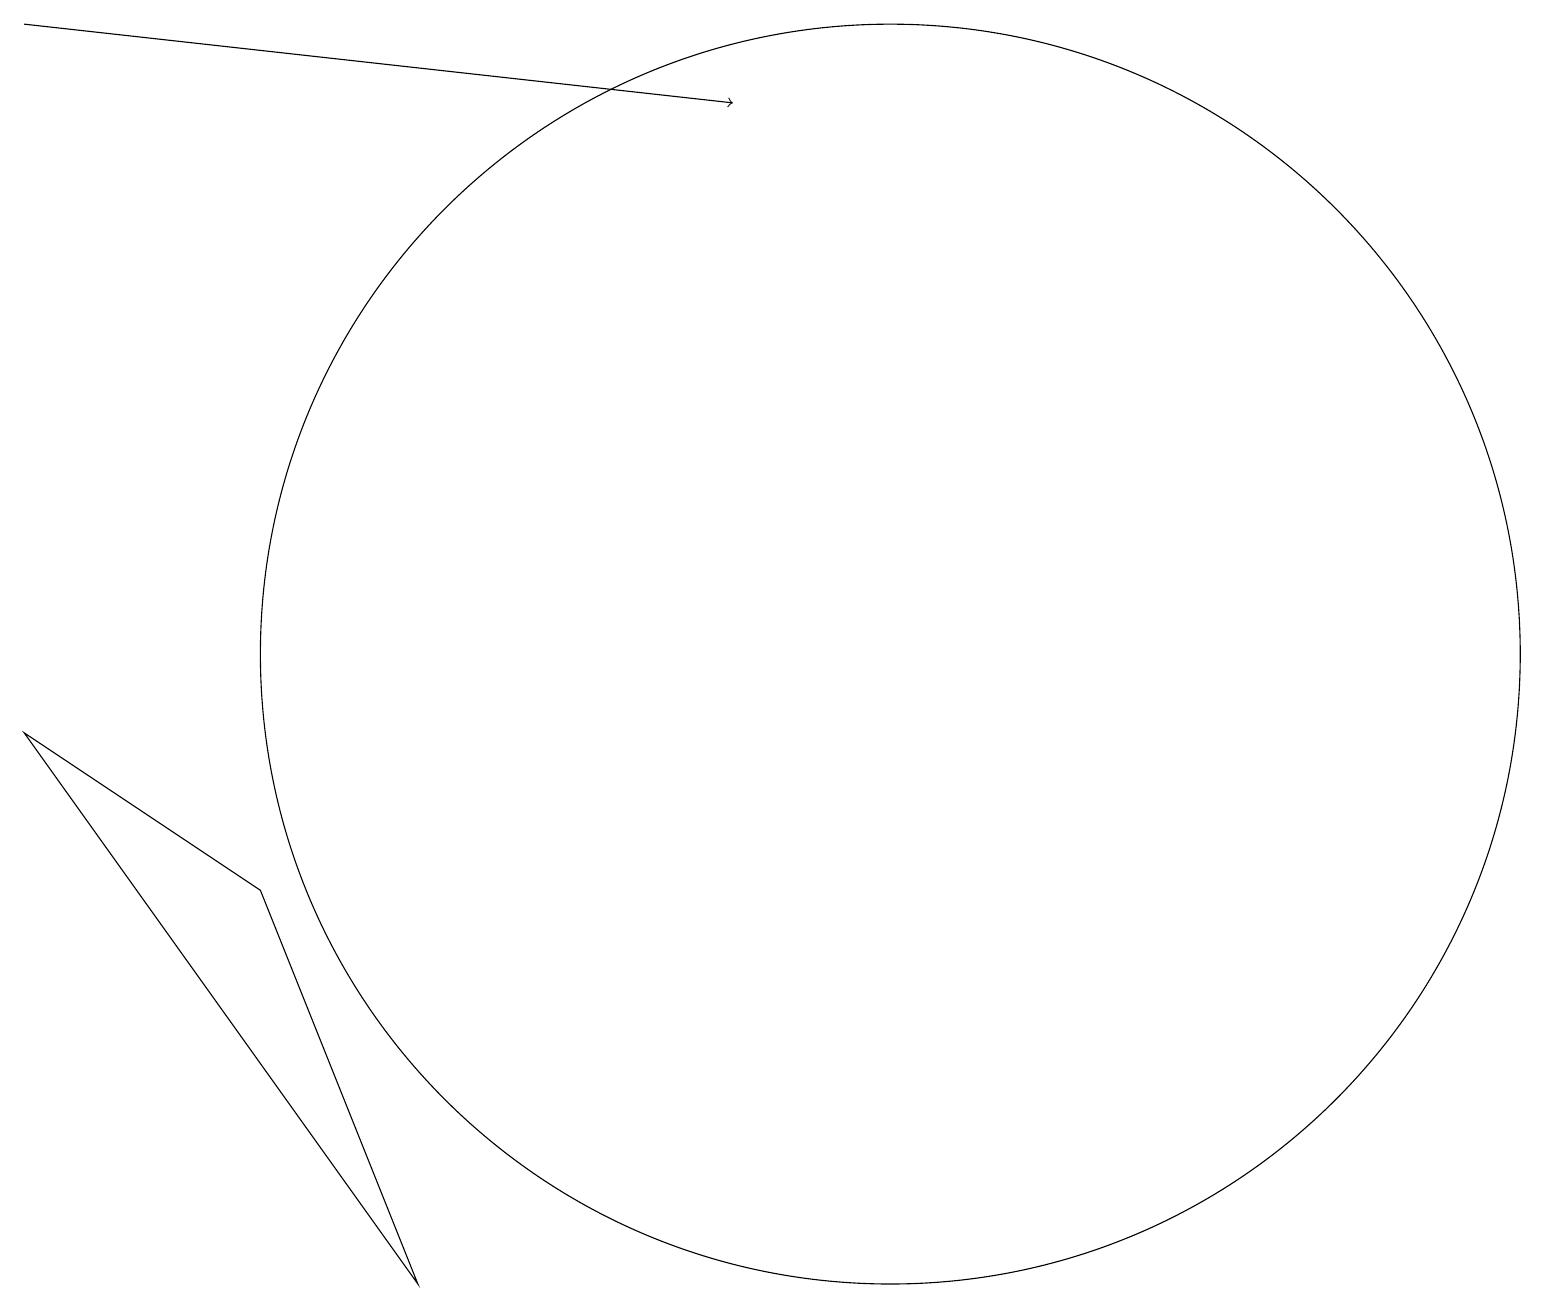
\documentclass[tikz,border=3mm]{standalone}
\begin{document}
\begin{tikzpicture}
\draw (11,10) circle (8);
\draw[->] (0,18) -- (9,17);
\draw (5,2) -- (3,7) -- (0,9) -- cycle;
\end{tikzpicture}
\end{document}